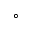
^ \circ